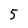
Character: 5